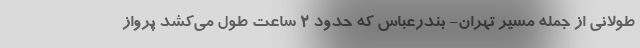
طولانی از جمله مسیر تهران- بندرعباس که حدود ۲ ساعت طول می‌کشد پرواز